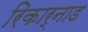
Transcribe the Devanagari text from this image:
रिकार्नाड